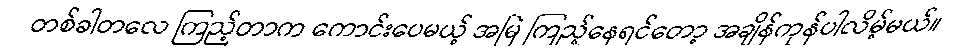
တစ်ခါတလေ ကြည့်တာက ကောင်းပေမယ့် အမြဲ ကြည့်နေရင်တော့ အချိန်ကုန်ပါလိမ့်မယ်။